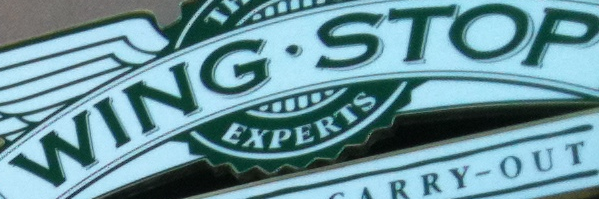
WING.STOP